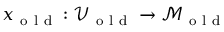
x _ { \mathrm { ~ o ~ l ~ d ~ } } : \mathcal { V } _ { \mathrm { ~ o ~ l ~ d ~ } } \to \mathcal { M } _ { \mathrm { ~ o ~ l ~ d ~ } }